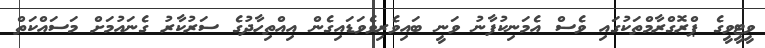
ވީޓީވީގެ ޕްރޮގްރާމްތަކުގައި ވެސް އެމަނިކުފާނު ވަނީ ބައިވެރިވެވަޑައިގެން އިއްތިހާދުގެ ސަރުކާރު ގެނައުމަށް މަސައްކަތް